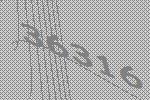
36316